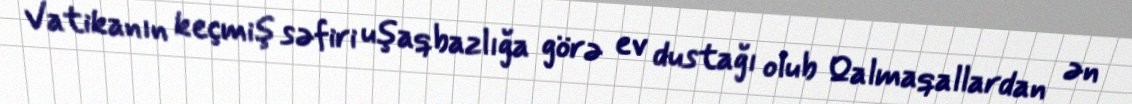
Vatikanın keçmiş səfiri uşaqbazlığa görə ev dustağı olub Qalmaqallardan ən